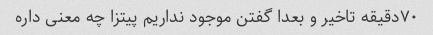
۷۰دقیقه تاخیر و بعدا گفتن موجود نداریم پیتزا چه معنی داره